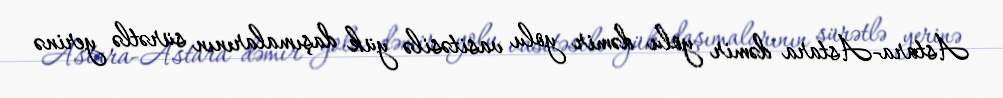
Astara-Astara dəmir yolu dəmir yolu vasitəsilə yük daşımalarının sürətlə yerinə